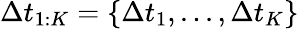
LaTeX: \Delta t_{1:K}=\{ \Delta t_{1},...,\Delta t_{K}\}